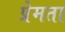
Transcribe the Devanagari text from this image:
प्रेमता